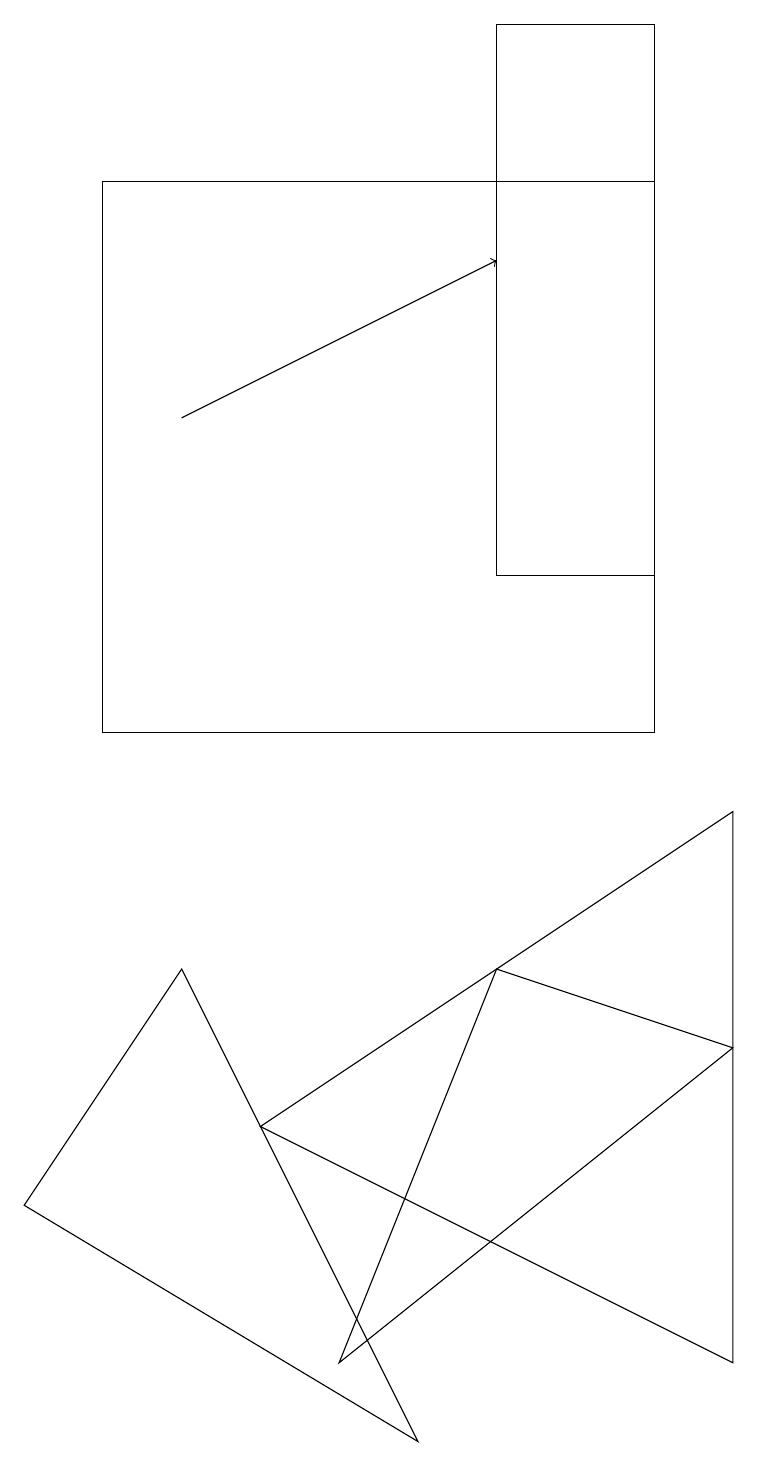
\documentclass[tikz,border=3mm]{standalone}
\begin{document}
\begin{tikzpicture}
\draw (9,2) -- (9,9) -- (3,5) -- cycle;
\draw[->] (2,14) -- (6,16);
\draw (8,12) rectangle (6,19);
\draw (4,2) -- (9,6) -- (6,7) -- cycle;
\draw (2,7) -- (5,1) -- (0,4) -- cycle;
\draw (8,17) rectangle (1,10);
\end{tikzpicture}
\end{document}